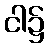
ငါ၌